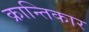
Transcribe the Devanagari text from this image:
क्रान्तिकार